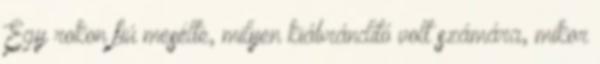
Egy rokon fiú mesélte, milyen kiábrándító volt számára, mikor